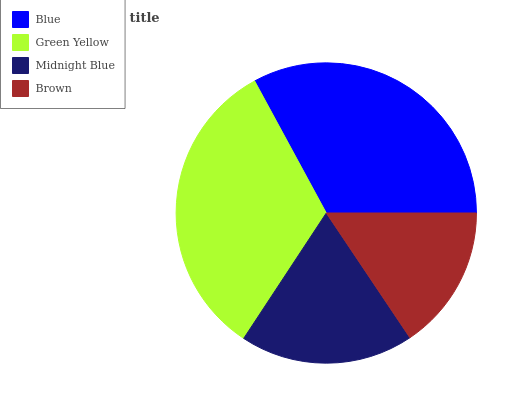
| Blue | Green Yellow | Midnight Blue | Brown |
 | --- | --- | --- | --- |
 | 33% | 32.8% | 18.6% | 15.6% |